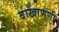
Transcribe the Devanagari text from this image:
वाखाणणी